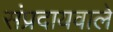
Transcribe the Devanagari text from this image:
संप्रदायवाले